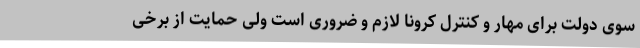
سوی دولت برای مهار و کنترل کرونا لازم و ضروری است ولی حمایت از برخی